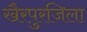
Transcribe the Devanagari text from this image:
खैरपुरजिला